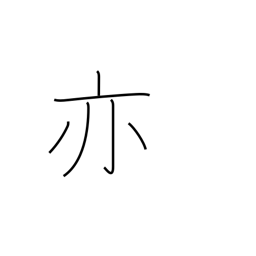
Meaning: again